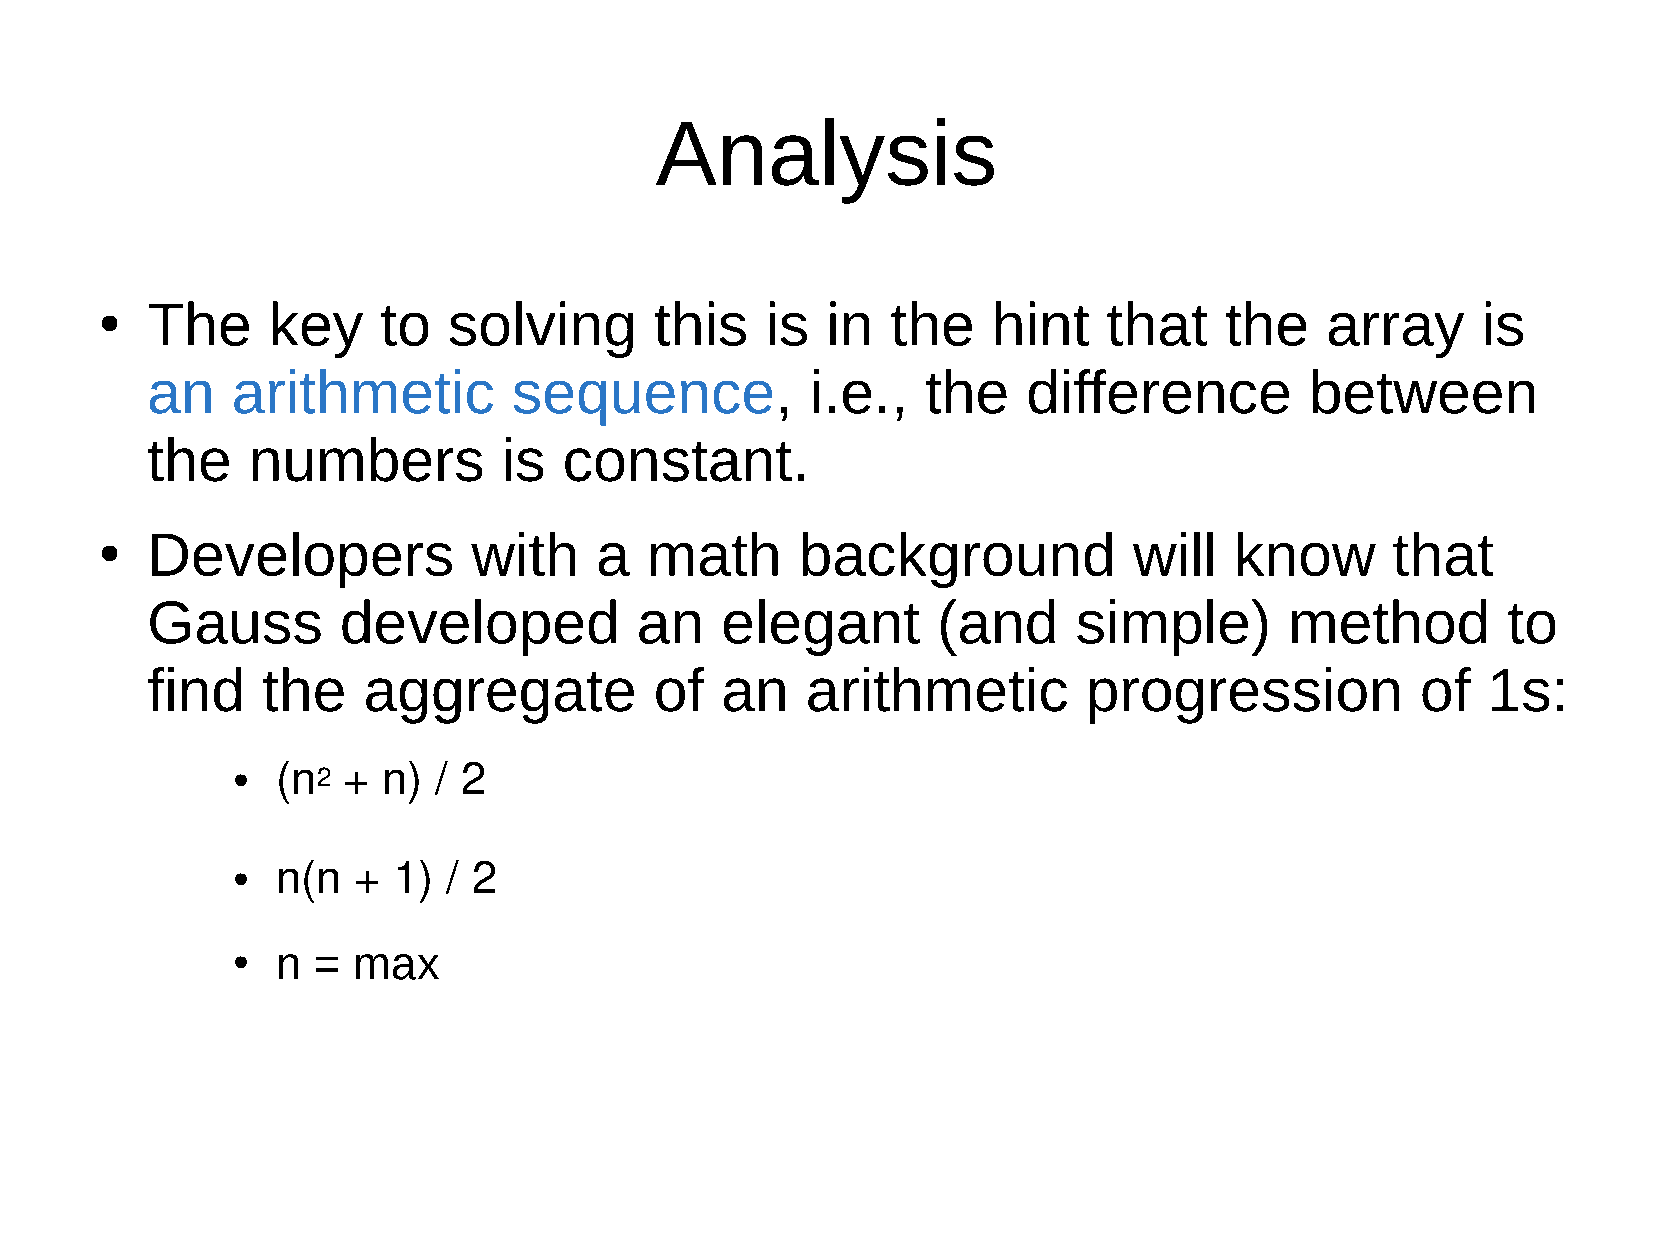
Analysis
 The     key    to   solving      this    is  in  the    hint   that    the    array     is
 ●
 an   arithmetic         sequence,           i.e.,  the    difference         between
 the   numbers          is  constant.
 Developers           with    a   math      background            will   know      that
 ●
 Gauss       developed           an    elegant       (and     simple)       method         to
 find   the    aggregate          of   an   arithmetic         progression           of  1s:
 ●  (n2  + n)  / 2
 ●
 n(n  +  1)  / 2
 n  = max
 ●